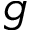
g